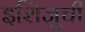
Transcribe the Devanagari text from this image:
इशिज़ुची